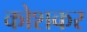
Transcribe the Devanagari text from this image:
कोशकर